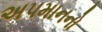
અપમાનનો